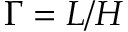
\Gamma = L / H